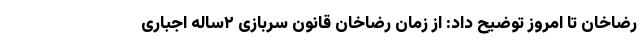
رضاخان تا امروز توضیح داد: از زمان رضاخان قانون سربازی ۲ساله اجباری